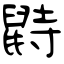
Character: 鼭